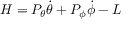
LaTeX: H = P _ { \theta } { \dot { \theta } } + P _ { \phi } { \dot { \phi } } - L